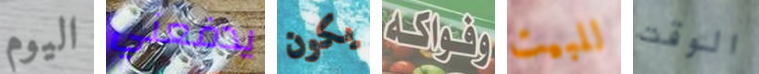
اليوم يدفعني يكون وفواكه للبيت الوقت